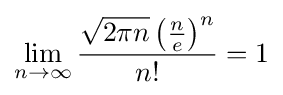
\lim _{n\to \infty }{\frac {{\sqrt {2\pi n}}\left({\frac {n}{e}}\right)^{n}}{n!}}=1